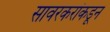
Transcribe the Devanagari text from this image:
सावरकरांकडून